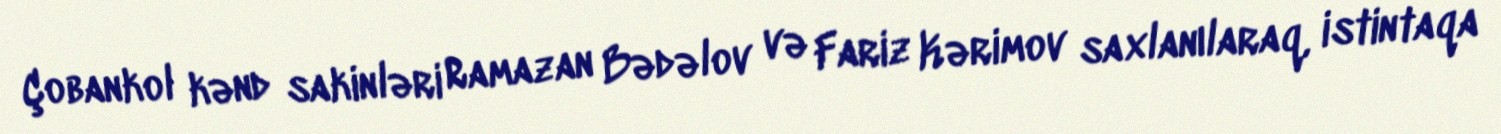
Çobankol kənd sakinləri Ramazan Bədəlov və Fariz Kərimov saxlanılaraq, istintaqa